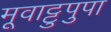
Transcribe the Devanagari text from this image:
मूवाट्टुपुपा